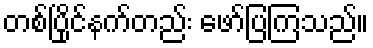
တစ်ပြိုင်နက်တည်း ဖော်ပြကြသည်။